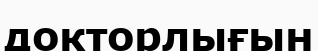
докторлығын